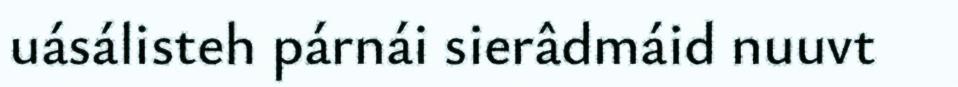
uásálisteh párnái sierâdmáid nuuvt